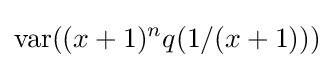
\operatorname {var} ((x+1)^{n}q(1/(x+1)))